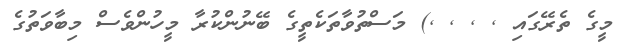
މީގެ ތެރޭގައި